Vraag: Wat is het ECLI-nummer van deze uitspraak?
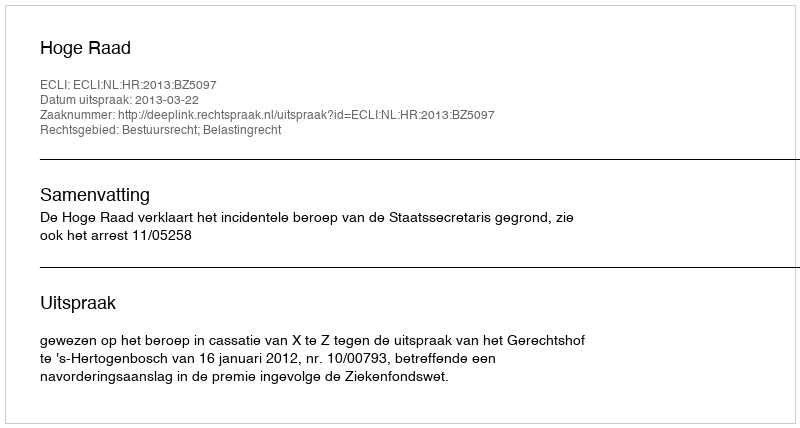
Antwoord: ECLI:NL:HR:2013:BZ5097